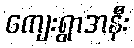
ကျေးရွာအနီး